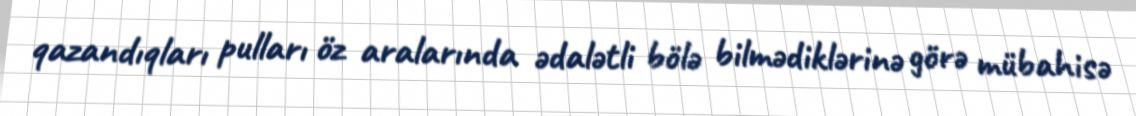
qazandıqları pulları öz aralarında ədalətli bölə bilmədiklərinə görə mübahisə